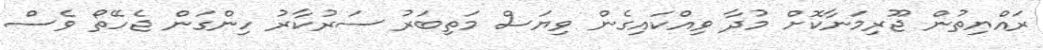
ރައްޔިތުން ޖޫރިމަނާކޮށް މުދާ ވިއްކައިގެން ވިޔަސް މަތިބަރު ސަރުކާރު ހިންގަން ޖެހޭތޯ ވެސް